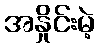
အနှိုင်းမဲ့